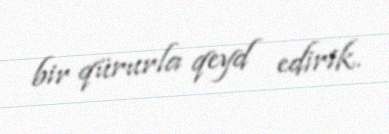
bir qürurla qeyd edirik.